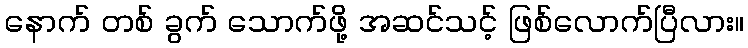
နောက် တစ် ခွက် သောက်ဖို့ အဆင်သင့် ဖြစ်လောက်ပြီလား။